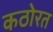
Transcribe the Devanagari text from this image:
कठोरत